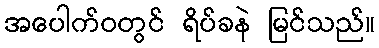
အပေါက်ဝတွင် ရိပ်ခနဲ မြင်သည်။